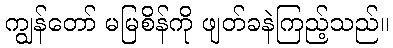
ကျွန်တော် မမြစိန်ကို ဖျတ်ခနဲကြည့်သည်။